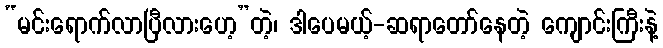
“မင်းရောက်လာပြီလားဟေ့”တဲ့၊ ဒါပေမယ့်-ဆရာတော်နေတဲ့ ကျောင်းကြီးနဲ့